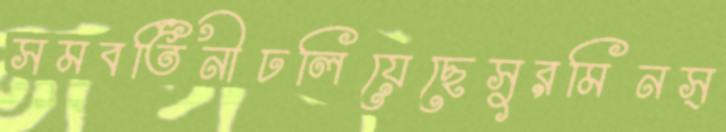
সমবর্তিনীঢলিয়েছেসুরমিনস্